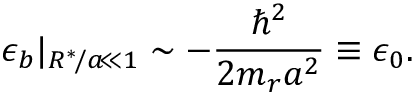
\epsilon _ { b } | _ { R ^ { * } \! / a \! \ll 1 } \sim - \frac { \hbar ^ { 2 } } { 2 m _ { r } a ^ { 2 } } \equiv \epsilon _ { 0 } .